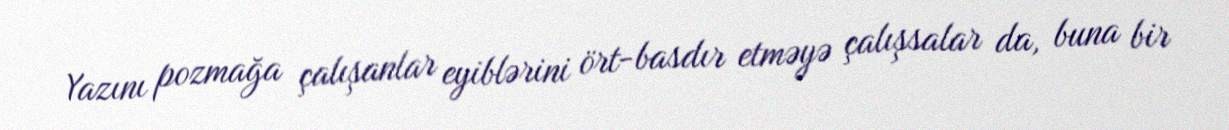
Yazını pozmağa çalışanlar eyiblərini ört-basdır etməyə çalışsalar da, buna bir